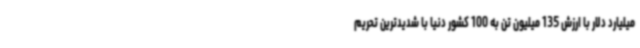
میلیارد دلار با ارزش 135 میلیون تن به 100 کشور دنیا با شدیدترین تحریم